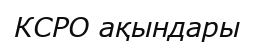
КСРО ақындары